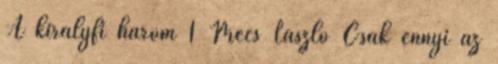
A királyfi három 1 Mécs László Csak ennyi az